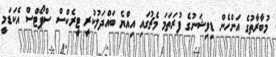
މުބާރާތުގެ އަންހެން ޑިވިޝަނުގެ ފުރަތަމަ މެޗުގައި އިއްޔެ ބައްދަލުކުރީ ޓީރެކްސް ސްޕޯޓްސް އެކަޑަމީ